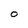
Character: 0